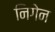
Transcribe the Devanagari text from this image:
निगेन